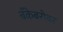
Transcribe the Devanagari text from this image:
बँकेबरोबर